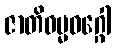
ဇာတိဓမ္မဝဂ္ဂေါ